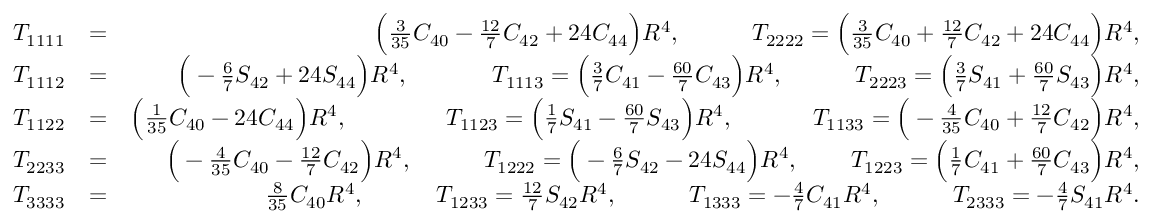
\begin{array} { r l r } { { \cal T } _ { 1 1 1 1 } } & { = } & { \Big ( { \textstyle \frac { 3 } { 3 5 } } C _ { 4 0 } - { \textstyle \frac { 1 2 } { 7 } } C _ { 4 2 } + 2 4 C _ { 4 4 } \Big ) R ^ { 4 } , \qquad \quad { \cal T } _ { 2 2 2 2 } = \Big ( { \textstyle \frac { 3 } { 3 5 } } C _ { 4 0 } + { \textstyle \frac { 1 2 } { 7 } } C _ { 4 2 } + 2 4 C _ { 4 4 } \Big ) R ^ { 4 } , } \\ { { \cal T } _ { 1 1 1 2 } } & { = } & { \Big ( - { \textstyle \frac { 6 } { 7 } } S _ { 4 2 } + 2 4 S _ { 4 4 } \Big ) R ^ { 4 } , \qquad \quad ~ \, { \cal T } _ { 1 1 1 3 } = \Big ( { \textstyle \frac { 3 } { 7 } } C _ { 4 1 } - { \textstyle \frac { 6 0 } { 7 } } C _ { 4 3 } \Big ) R ^ { 4 } , \qquad \quad { \cal T } _ { 2 2 2 3 } = \Big ( { \textstyle \frac { 3 } { 7 } } S _ { 4 1 } + { \textstyle \frac { 6 0 } { 7 } } S _ { 4 3 } \Big ) R ^ { 4 } , } \\ { { \cal T } _ { 1 1 2 2 } } & { = } & { \Big ( { \textstyle \frac { 1 } { 3 5 } } C _ { 4 0 } - 2 4 C _ { 4 4 } \Big ) R ^ { 4 } , \qquad \quad ~ ~ ~ \, { \cal T } _ { 1 1 2 3 } = \Big ( { \textstyle \frac { 1 } { 7 } } S _ { 4 1 } - { \textstyle \frac { 6 0 } { 7 } } S _ { 4 3 } \Big ) R ^ { 4 } , \qquad \quad \, \, { \cal T } _ { 1 1 3 3 } = \Big ( - { \textstyle \frac { 4 } { 3 5 } } C _ { 4 0 } + { \textstyle \frac { 1 2 } { 7 } } C _ { 4 2 } \Big ) R ^ { 4 } , } \\ { { \cal T } _ { 2 2 3 3 } } & { = } & { \Big ( - { \textstyle \frac { 4 } { 3 5 } } C _ { 4 0 } - { \textstyle \frac { 1 2 } { 7 } } C _ { 4 2 } \Big ) R ^ { 4 } , \qquad \quad { \cal T } _ { 1 2 2 2 } = \Big ( - { \textstyle \frac { 6 } { 7 } } S _ { 4 2 } - 2 4 S _ { 4 4 } \Big ) R ^ { 4 } , \qquad \, { \cal T } _ { 1 2 2 3 } = \Big ( { \textstyle \frac { 1 } { 7 } } C _ { 4 1 } + { \textstyle \frac { 6 0 } { 7 } } C _ { 4 3 } \Big ) R ^ { 4 } , } \\ { { \cal T } _ { 3 3 3 3 } } & { = } & { { \textstyle \frac { 8 } { 3 5 } } C _ { 4 0 } R ^ { 4 } , \qquad \quad { \cal T } _ { 1 2 3 3 } = { \textstyle \frac { 1 2 } { 7 } } S _ { 4 2 } R ^ { 4 } , \qquad \quad { \cal T } _ { 1 3 3 3 } = - { \textstyle \frac { 4 } { 7 } } C _ { 4 1 } R ^ { 4 } , \qquad \quad { \cal T } _ { 2 3 3 3 } = - { \textstyle \frac { 4 } { 7 } } S _ { 4 1 } R ^ { 4 } . } \end{array}